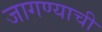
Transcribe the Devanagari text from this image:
जागण्याची